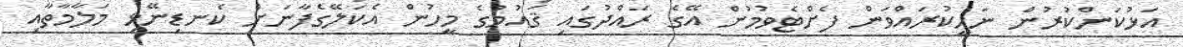
އަޅުކަންކުރުން ނަހީކުރައްވަން ފެށްޓެވުމުން އޭގެ ރައްދުގައި ޤައުމުގެ މީހުން އެކަލޭގެފާނަށް ކެނޑިނޭޅި މަލާމާތާއި